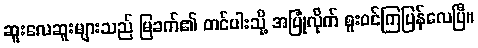
ဆူးလေဆူးများသည် မြခက်၏ တင်ပါးသို့ အပြုံလိုက် စူးဝင်ကြပြန်လေပြီ။